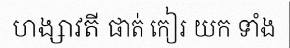
ហង្សាវតី ផាត់ កៀរ យក ទាំង